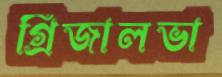
গ্রিজালভা